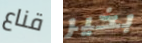
قناع بخير